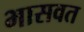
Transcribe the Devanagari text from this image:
भासवत